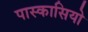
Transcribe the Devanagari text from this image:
पास्कासियो